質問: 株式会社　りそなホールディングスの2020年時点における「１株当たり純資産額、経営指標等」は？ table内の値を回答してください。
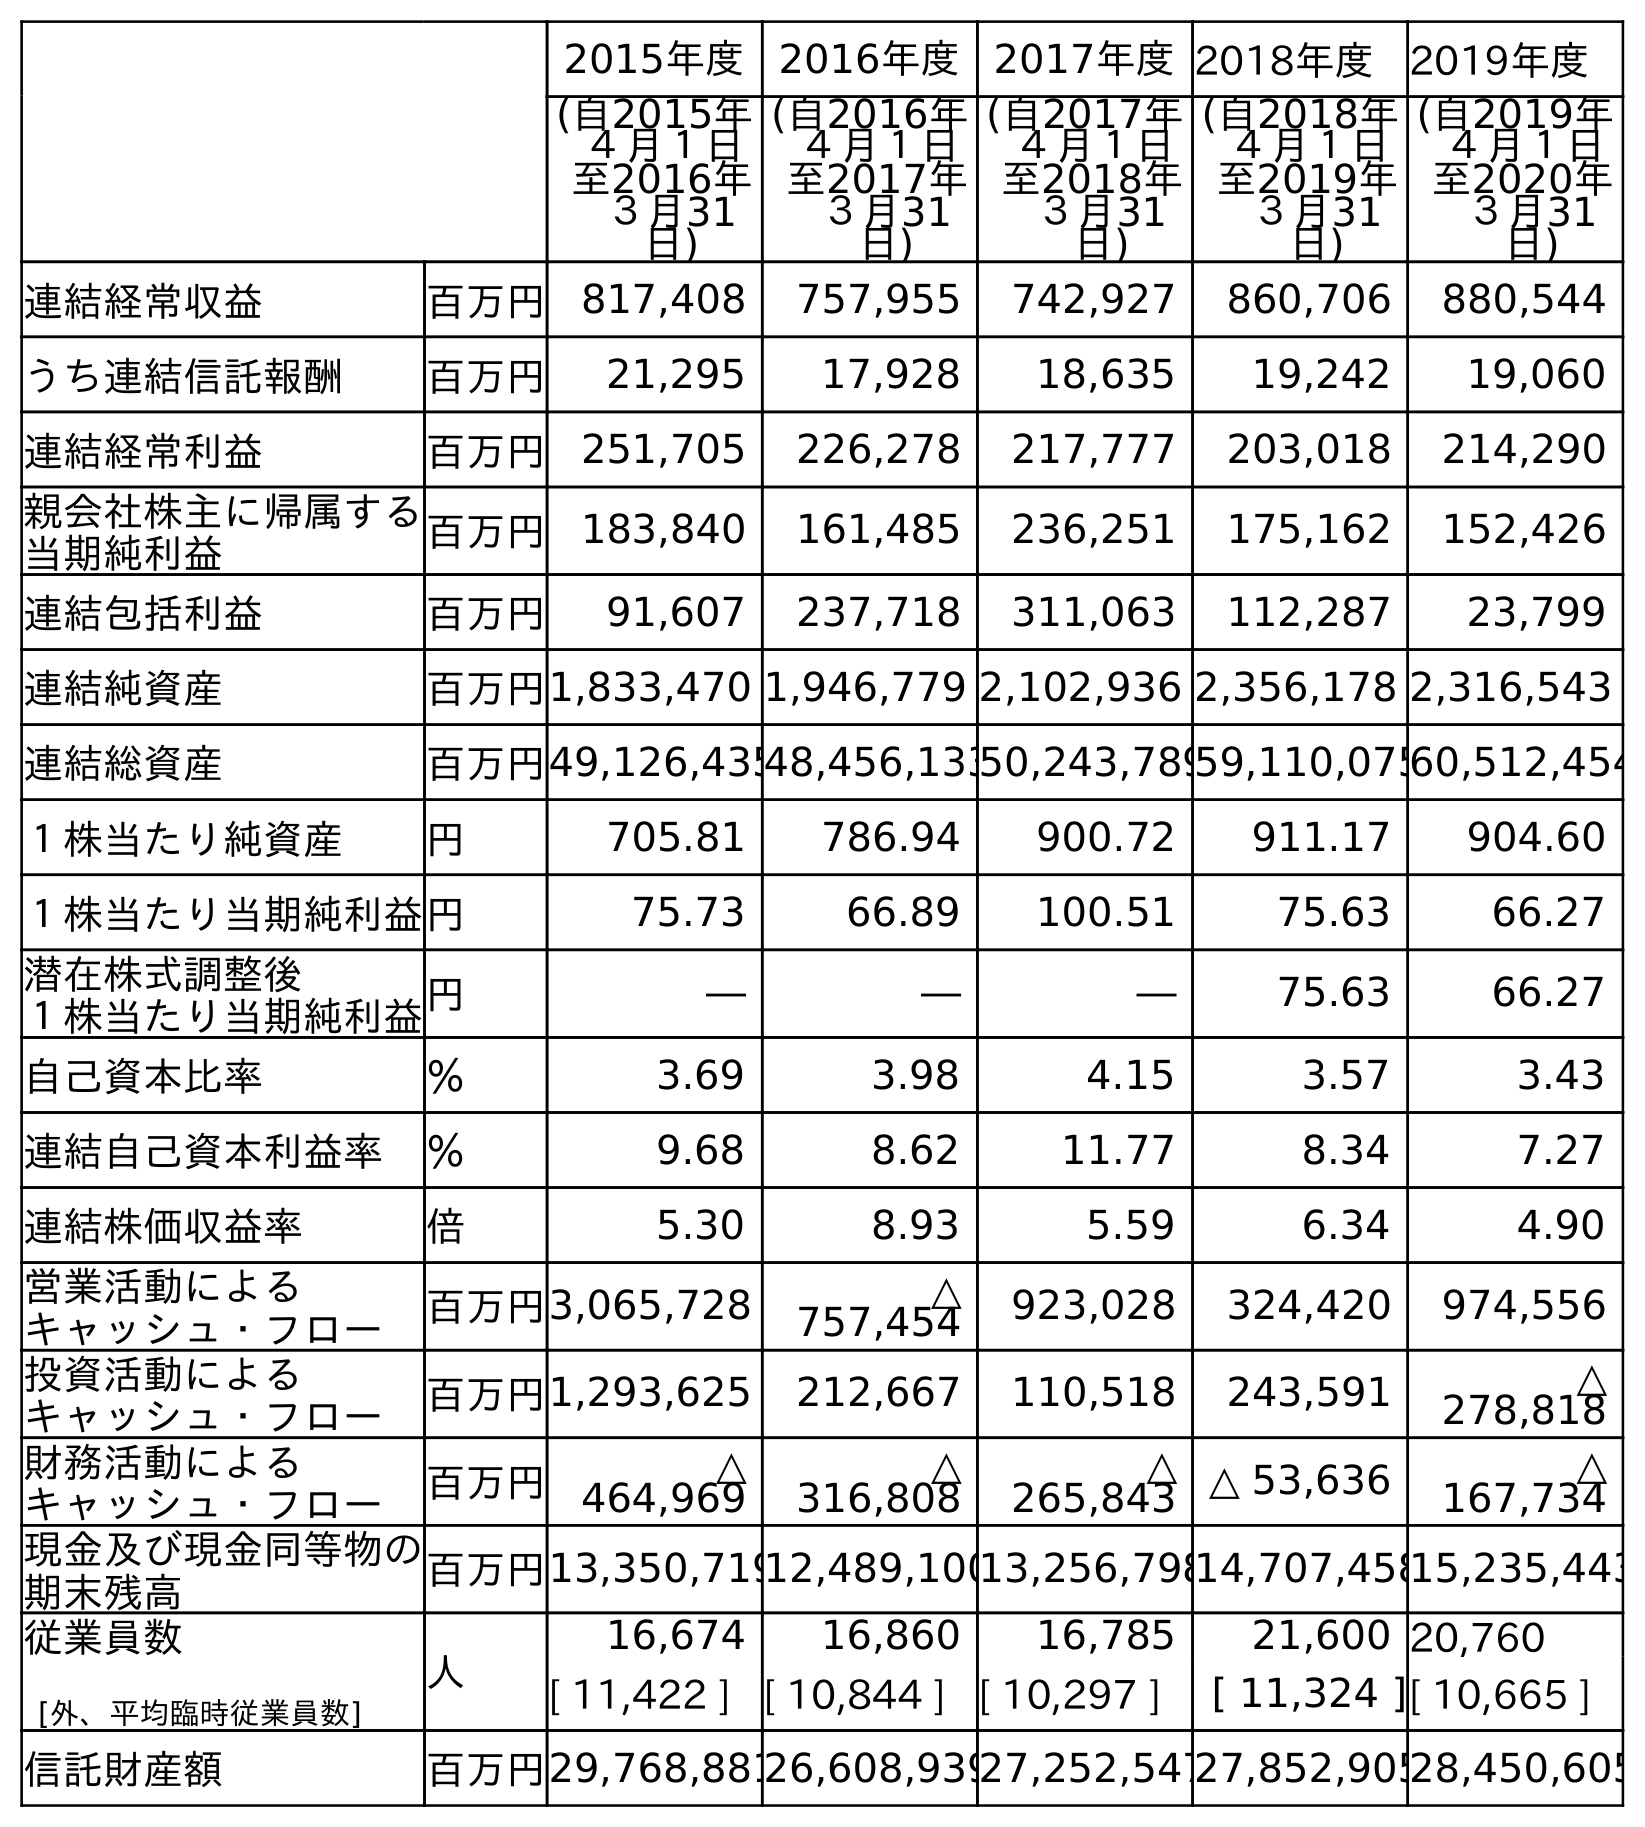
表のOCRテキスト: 2015年度 2016年度 2017年度2018年度 2019年度 (自2015年 ４月１日 至2016年 ３月31 日) (自2016年 ４月１日 至2017年 ３月31 日) (自2017年 ４月１日 至2018年 ３月31 日) (自2018年 ４月１日 至2019年 ３月31 日) (自2019年 ４月１日 至2020年 ３月31 日) 連結経常収益 百万円 817,408 757,955 742,927 860,706 880,544 うち連結信託報酬 百万円 21,295 17,928 18,635 19,242 19,060 連結経常利益 百万円 251,705 226,278 217,777 203,018 214,290 親会社株主に帰属する 当期純利益 百万円 183,840 161,485 236,251 175,162 152,426 連結包括利益 百万円 91,607 237,718 311,063 112,287 23,799 連結純資産 百万円1,833,470 1,946,779 2,102,936 2,356,178 2,316,543 連結総資産 百万円49,126,43548,456,13350,243,78959,110,07560,512,454 １株当たり純資産 円 705.81 786.94 900.72 911.17 904.60 １株当たり当期純利益円 75.73 66.89 100.51 75.63 66.27 潜在株式調整後 １株当たり当期純利益円 ― ― ― 75.63 66.27 自己資本比率 ％ 3.69 3.98 4.15 3.57 3.43 連結自己資本利益率 ％ 9.68 8.62 11.77 8.34 7.27 連結株価収益率 倍 5.30 8.93 5.59 6.34 4.90 営業活動による キャッシュ・フロー 百万円3,065,728 △ 757,454 923,028 324,420 974,556 投資活動による キャッシュ・フロー 百万円1,293,625 212,667 110,518 243,591 △ 278,818 財務活動による キャッシュ・フロー 百万円 △ 464,969 △ 316,808 △ 265,843 △ 53,636 △ 167,734 現金及び現金同等物の 期末残高 百万円13,350,71912,489,10013,256,79814,707,45815,235,443 従業員数 [外、平均臨時従業員数] 人 16,674 16,860 16,785 21,600 20,760 [ 11,422 ] [ 10,844 ] [ 10,297 ] [ 11,324 ][ 10,665 ] 信託財産額 百万円29,768,88126,608,93927,252,54727,852,90528,450,605
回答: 904.60